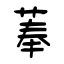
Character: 菶